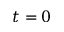
t = 0